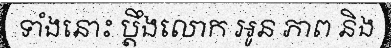
ទាំងនោះ ប្តឹងលោក អូន ភាព និង